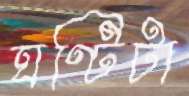
ঘণ্টিটা